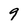
Character: 9